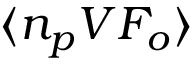
\langle n _ { p } V { \cal F } _ { o } \rangle